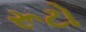
રૂટો